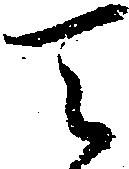
天